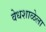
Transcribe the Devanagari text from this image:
वेधशाळेला